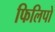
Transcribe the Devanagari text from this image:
फिलिपो